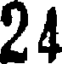
24